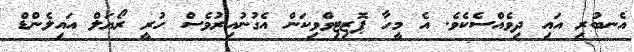
އެނބުރި އައި ދިވެއްސެކެވެ. އެ މީހާ ޕޮޒިޓިވްވިކަން އެގުނުއިރުވެސް ހުރީ ރޯޔަލް އައިލެންޑް